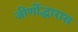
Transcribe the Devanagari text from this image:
जीर्णोद्धारास